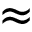
\approx